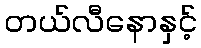
တယ်လီနောနှင့်